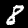
Digit: 8